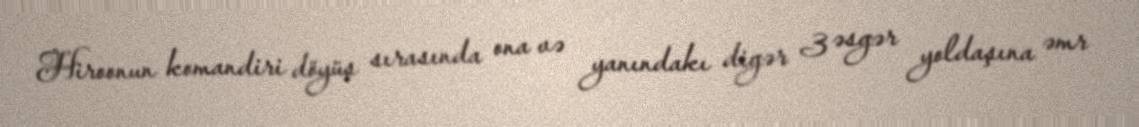
Hiroonun komandiri döyüş sırasında ona və yanındakı digər 3 əsgər yoldaşına əmr